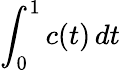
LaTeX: \int_{0}^{1}c(t)\, dt